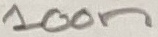
Text: 100n